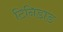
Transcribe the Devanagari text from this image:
टिनिडाड